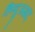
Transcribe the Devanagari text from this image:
हिन्दुसम्राट्